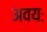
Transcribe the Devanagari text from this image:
अवयः